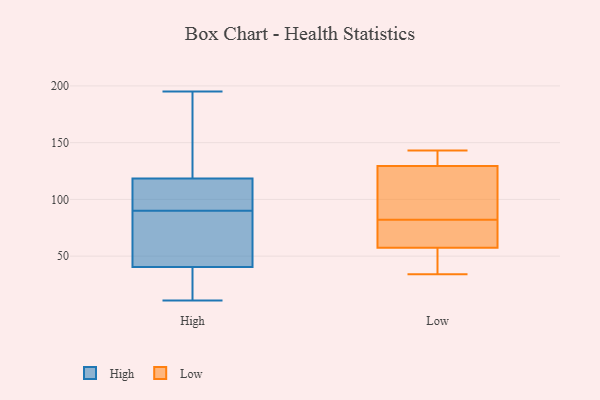
{"axis": {"x": "Website Visitors", "y": "Value"}, "legend": ["High", "Low"], "data": [{"x": "", "y": 119, "type": "High"}, {"x": "", "y": 124, "type": "High"}, {"x": "", "y": 106, "type": "High"}, {"x": "", "y": 17, "type": "High"}, {"x": "", "y": 132, "type": "High"}, {"x": "", "y": 30, "type": "High"}, {"x": "", "y": 71, "type": "High"}, {"x": "", "y": 54, "type": "High"}, {"x": "", "y": 27, "type": "High"}, {"x": "", "y": 118, "type": "High"}, {"x": "", "y": 51, "type": "High"}, {"x": "", "y": 103, "type": "High"}, {"x": "", "y": 103, "type": "High"}, {"x": "", "y": 11, "type": "High"}, {"x": "", "y": 77, "type": "High"}, {"x": "", "y": 195, "type": "High"}, {"x": "", "y": 143, "type": "Low"}, {"x": "", "y": 60, "type": "Low"}, {"x": "", "y": 58, "type": "Low"}, {"x": "", "y": 82, "type": "Low"}, {"x": "", "y": 131, "type": "Low"}, {"x": "", "y": 138, "type": "Low"}, {"x": "", "y": 121, "type": "Low"}, {"x": "", "y": 129, "type": "Low"}, {"x": "", "y": 34, "type": "Low"}, {"x": "", "y": 89, "type": "Low"}, {"x": "", "y": 71, "type": "Low"}, {"x": "", "y": 56, "type": "Low"}, {"x": "", "y": 42, "type": "Low"}]}